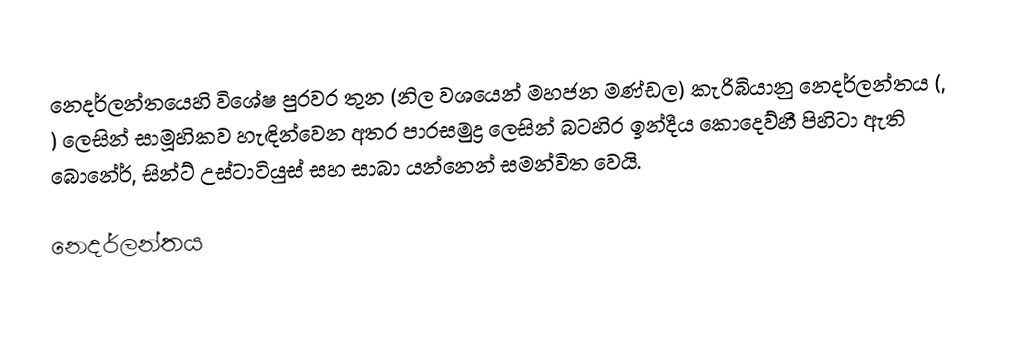
නෙදර්ලන්තයෙහි විශේෂ පුරවර තුන (නිල වශයෙන් මහජන මණ්ඩල)  කැරිබියානු නෙදර්ලන්තය (, ) ලෙසින් සාමූහිකව  හැඳින්වෙන අතර පාරසමුද්‍ර ලෙසින් බටහිර ඉන්දීය කොදෙව්හී පිහිටා ඇති බොනේර්, සින්ට් උස්ටාටියුස් සහ සාබා යන්නෙන් සමන්විත වෙයි.

නෙදර්ලන්තය